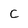
Character: C